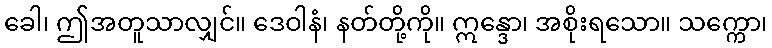
ခေါ၊ ဤအတူသာလျှင်။ ဒေဝါနံ၊ နတ်တို့ကို။ ဣန္ဒော၊ အစိုးရသော။ သက္ကော၊